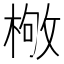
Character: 𣕌